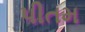
પીતમ